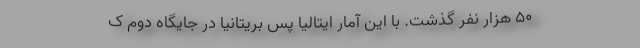
50 هزار نفر گذشت. با این آمار ایتالیا پس بریتانیا در جایگاه دوم ک